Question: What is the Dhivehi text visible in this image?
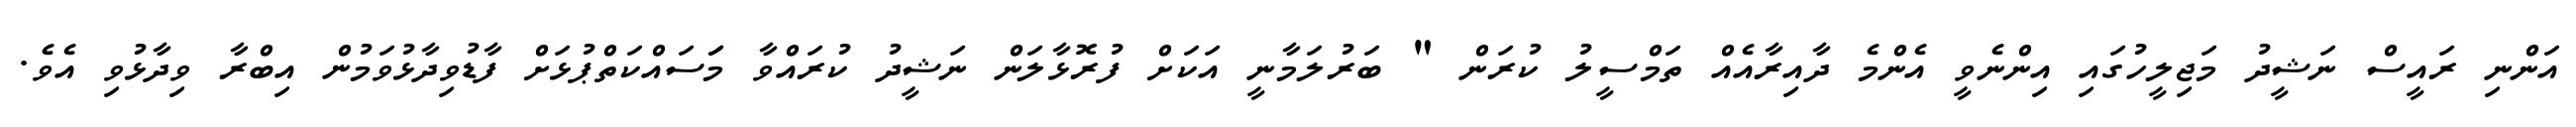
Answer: އަންނި ރައީސް ނަޝީދު މަޖިލީހުގައި އިންނެވީ އެންމެ ދާއިރާއެއް ތަމްސީލު ކުރަން " ބަރުލަމާނީ އަކަށް ފުރޮޅާލަން ނަޝީދު ކުރައްވާ މަަސައްކަތްޕުޅަށް ފާޑުވިދާޅުވަމުން އިބްރާ ވިދާޅުވި އެވެ.